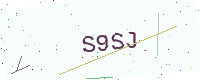
Text: S9SJ